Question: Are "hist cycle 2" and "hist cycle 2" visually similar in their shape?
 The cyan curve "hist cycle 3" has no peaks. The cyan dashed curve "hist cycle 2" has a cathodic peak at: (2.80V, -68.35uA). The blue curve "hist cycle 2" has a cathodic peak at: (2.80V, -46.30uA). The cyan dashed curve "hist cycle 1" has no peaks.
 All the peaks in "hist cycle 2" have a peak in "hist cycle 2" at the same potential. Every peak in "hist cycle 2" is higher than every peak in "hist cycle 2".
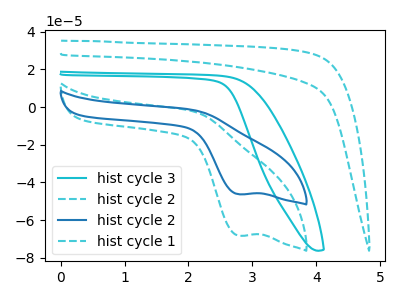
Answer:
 <answer>"hist cycle 2" and "hist cycle 2" are similar in shape.</answer>
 <eval>same_shape</eval>